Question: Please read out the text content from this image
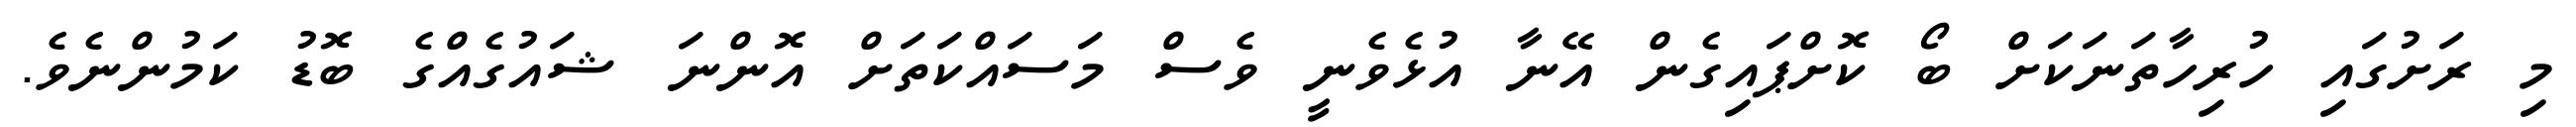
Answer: މި ރަށުގައި ހުރިހާތަނަކަށް ބޯ ކޮށްޕައިގެން އޭނާ އުޅެވެނީ ވެސް މަސައްކަތަށް އޮންނަ ޝައުގެއްގެ ބޮޑު ކަމުންނެވެ.